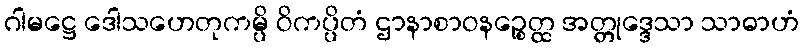
ဂါမဋ္ဌေ ဒေါသဟေတုကမ္ပိ ဝိကပ္ပိတံ ဌာနာစာဝနဉ္စေတ္ထ အတ္တုဒ္ဒေသာ သာဓာဟံ